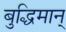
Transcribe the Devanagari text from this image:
बुद्धिमान्‌